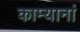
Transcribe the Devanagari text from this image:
काम्यानां